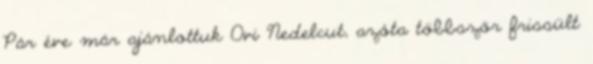
Pár éve már ajánlottuk Ovi Nedelcut, azóta többször frissült